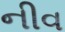
નીવ